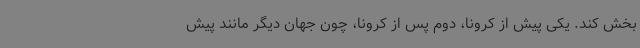
بخش کند. یکی پیش از کرونا، دوم پس از کرونا، چون جهان دیگر مانند پیش